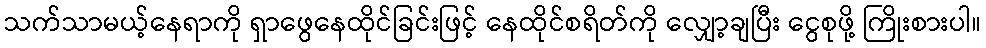
သက်သာမယ့်နေရာကို ရှာဖွေနေထိုင်ခြင်းဖြင့် နေထိုင်စရိတ်ကို လျှော့ချပြီး ငွေစုဖို့ ကြိုးစားပါ။